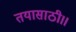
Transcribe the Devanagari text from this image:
तयासाठी।।